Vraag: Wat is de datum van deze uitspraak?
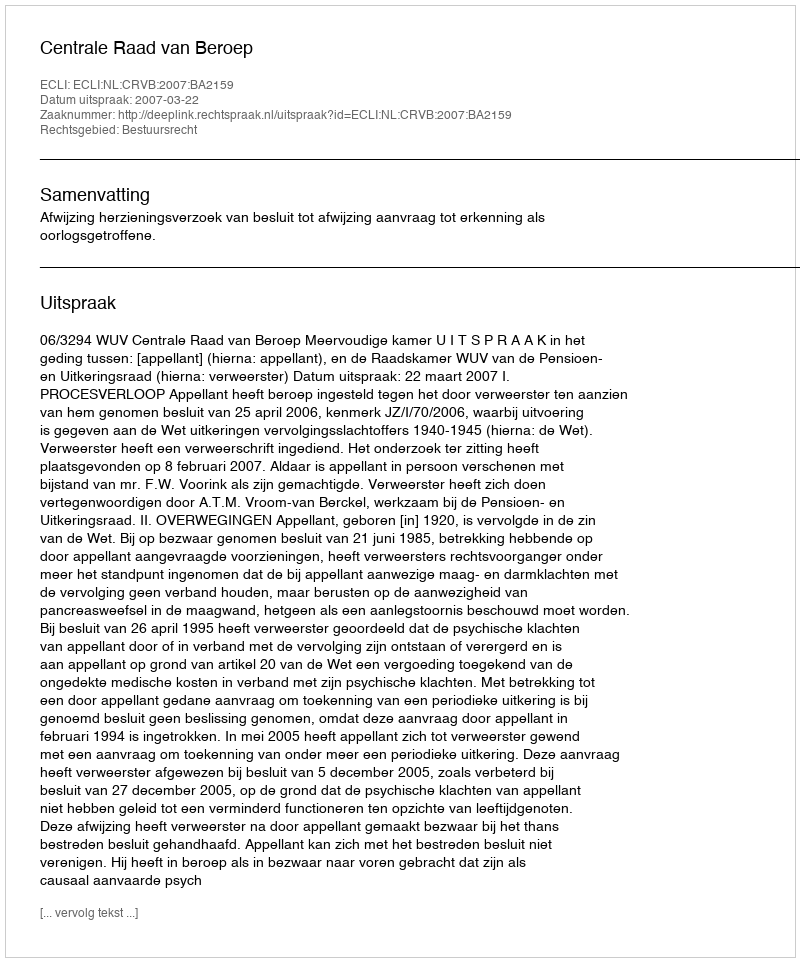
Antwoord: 2007-03-22